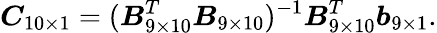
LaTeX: \boldsymbol{C}_{10\times 1}=(\boldsymbol{B}_{9\times 10}^{T}\boldsymbol{B}_{9\times 10})^{-1}\boldsymbol{B}_{9\times 10}^{T}\boldsymbol{b}_{9\times 1}.